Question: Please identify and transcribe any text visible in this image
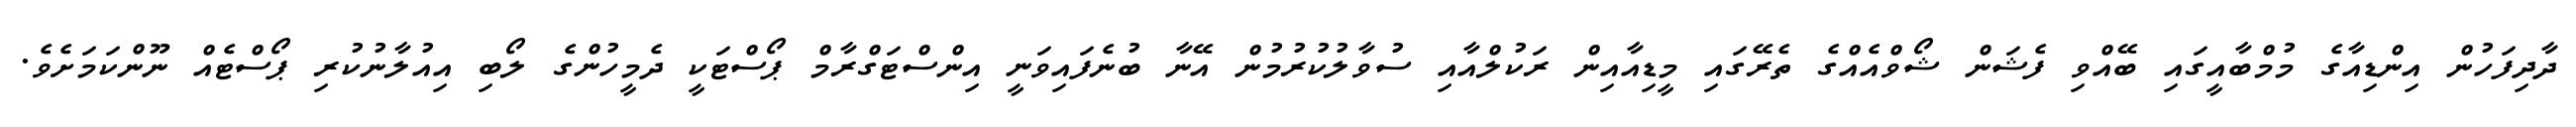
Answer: ދާދިފަހުން އިންޑިއާގެ މުމްބާއީގައި ބޭއްވި ފެޝަން ޝޯވްއެއްގެ ތެރޭގައި މީޑިއާއިން ރަކުލްއާއި ސުވާލުކުރުމުން އޭނާ ބުނެފައިވަނީ އިންސްޓަގްރާމް ޕޯސްޓަކީ ދެމީހުންގެ ލޯބި އިއުލާނުކުރި ޕޯސްޓެއް ނޫންކަމަށެވެ.